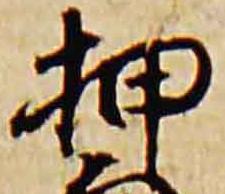
押